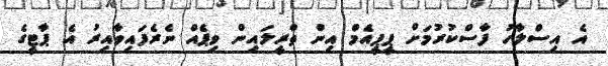
އެ އިސްލާހު ފާސްކުރުމަށް ޕީޕީއެމް އިން ތްރީލައިން ވިޕެއް ނެެރެފައިވާއިރު އެ ޕާޓީގެ